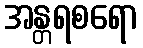
အန္တရစရော